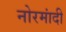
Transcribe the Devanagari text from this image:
नोरमांदी